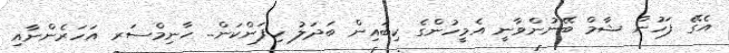
އެގޭ ފަހުން ޝާމް ބޭނުންވާނީ އެމީހުންގެ ކިބައިން ބަދަލު ހިފަންކަން.. ހާނިމްސަރ އަހަރެންނާއި